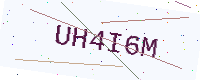
Text: UH4I6M